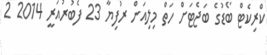
ކްރިކެޓް ބޯޑުގެ ބަޖެޓަށް ހަތް މިލިއަން ރުފިޔާ 23 ފެބުރުއަރީ 2014 2